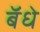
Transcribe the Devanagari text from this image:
बॅधे